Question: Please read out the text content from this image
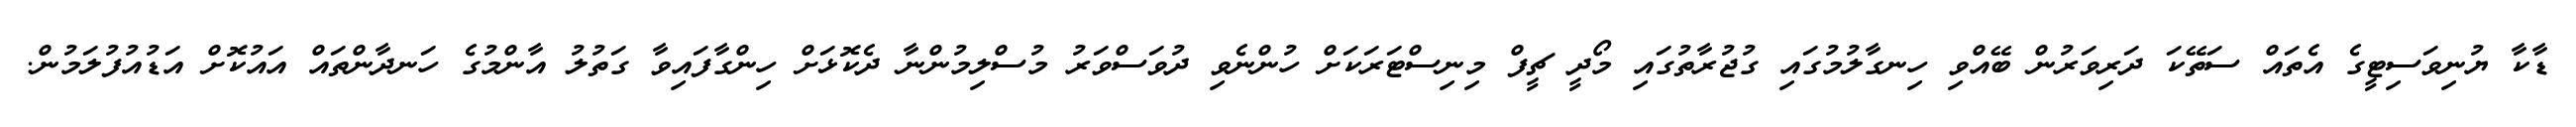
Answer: ޑާކާ ޔުނިވަސިޓީގެ އެތައް ސަތޭކަ ދަރިވަރުން ބޭއްވި ހިނގާލުމުގައި ގުޖުރާތުގައި މޯދީ ޗީފް މިނިސްޓަރަކަށް ހުންނެވި ދުވަސްވަރު މުސްލިމުންނާ ދެކޮޅަށް ހިންގާފައިވާ ގަތުލު އާންމުގެ ހަނދާންތައް އައުކޮށް އަޑުއުފުލަމުން.